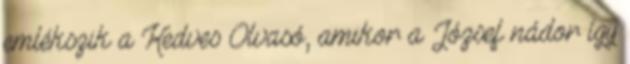
emlékszik a Kedves Olvasó, amikor a József nádor így